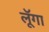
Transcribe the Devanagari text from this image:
लूॅगा